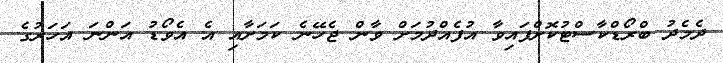
ދެމެދު ބްރޯޑްކާސްޓުކޮށްފައިވާ އުފެއްދުމަށް ވާން ޖެހޭނެ ކަމަށާއި އެ އެވޯޑު އަންނަ އަހަރުގެ